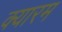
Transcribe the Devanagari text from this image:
क्यारम